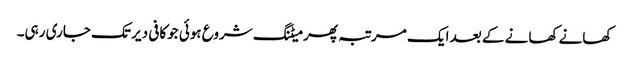
کھانے کھانے کے بعد ایک مرتبہ پھر میٹنگ شروع ہوئی جوکافی دیر تک جاری رہی۔